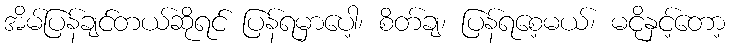
အိမ်ပြန်ချင်တယ်ဆိုရင် ပြန်ရမှာပေါ့၊ စိတ်ချ၊ ပြန်ရစေ့မယ်၊ မငိုနှင့်တော့